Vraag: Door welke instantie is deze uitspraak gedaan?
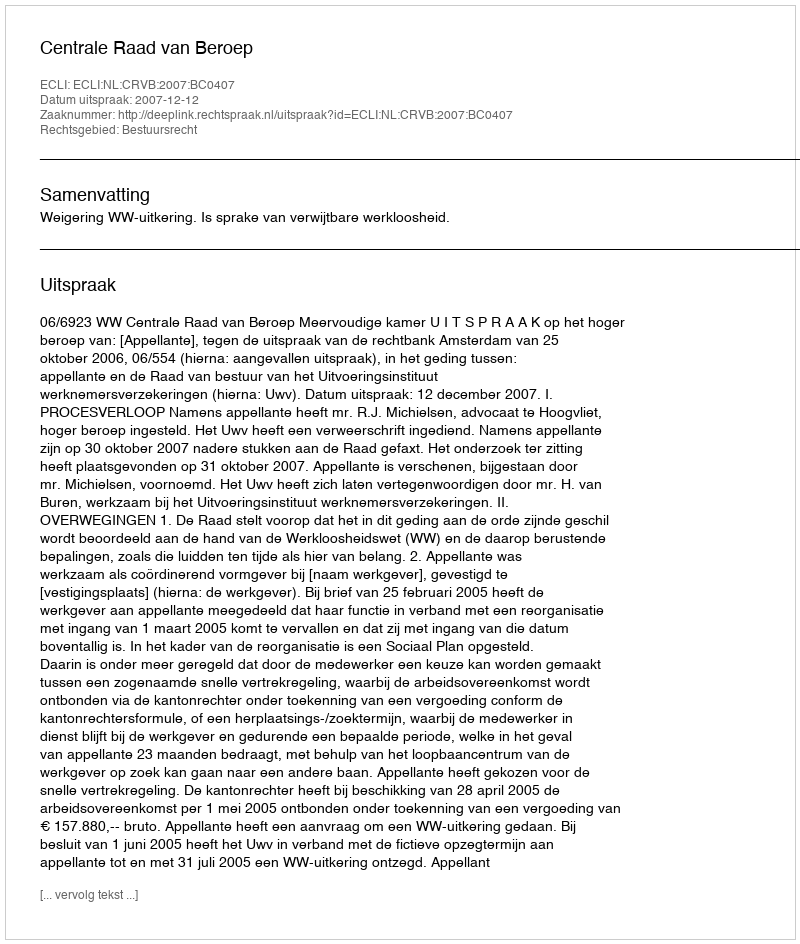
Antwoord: Centrale Raad van Beroep